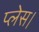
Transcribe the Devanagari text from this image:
प्‍लेस।